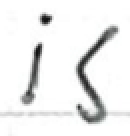
Text: is
Cross-out: clean
Writing tool: ballpoint